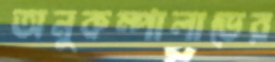
অনুকম্পালাভের